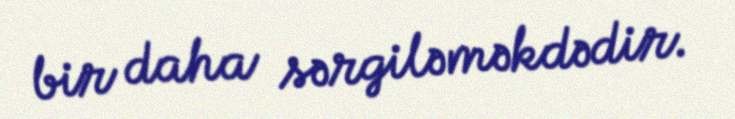
bir daha sərgiləməkdədir.